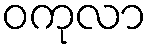
ဝကုလာ